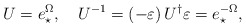
\begin{align*}U=e_{\star }^{\Omega },\quad U^{-1}=\left( -\varepsilon \right) U^{\dagger}\varepsilon =e_{\star }^{-\Omega }, \end{align*}